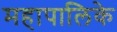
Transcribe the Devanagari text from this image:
महापालिके